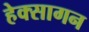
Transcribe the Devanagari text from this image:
हेक्सागन